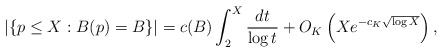
\begin{align*}|\{p \leq X : B(p) = B\}| = c(B) \int_2^X \frac{dt}{\log t} + O_K\left(X e^{-c_K\sqrt{\log X}}\right),\end{align*}